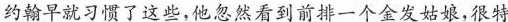
约翰早就习惯了这些，他忽然看到前排一个金发姑娘，很特